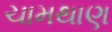
ચામથાણ